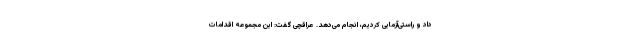
داد و راستی‌آزمایی کردیم، انجام می‌دهد. عراقچی گفت: این مجموعه اقدامات